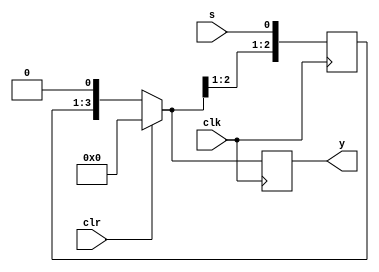
module sipo(clk,clr,y,s);
    input clk,clr,s;
    output[3:0]y;
    reg [3:0]y;
    reg [3:0]temp;
    always@(posedge clk)
    begin
        if(clr)
        temp = 4'b0000;
        else
        temp <= temp<<1;
        temp[0] <= s;
        y = temp;
    end
endmodule